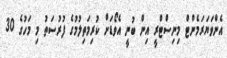
އެންވަޔަރަމެންޓް މިނިސްޓްރީ އިން ބުނީ އެވޯޑަށް ކުރިމަތިލުމުގެ ފުރުސަތު މި މަހުގެ 30